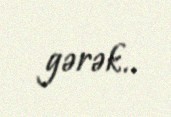
gərək..